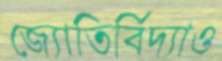
জ্যোতির্বিদ্যাও